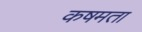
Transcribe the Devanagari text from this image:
कषमता